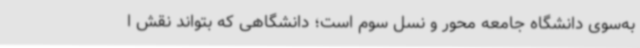
به‌سوی دانشگاه جامعه محور و نسل سوم است؛ دانشگاهی که بتواند نقش ا